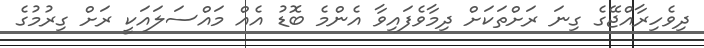
ދިވެހިރާއްޖޭގެ ގިނަ ރަށްތަކަށް ދިމާވެފައިވާ އެންމެ ބޮޑު އެއް މައްސަލައަކީ ރަށް ގިރުމުގެ